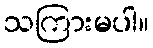
သကြားမပါ။